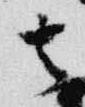
去